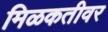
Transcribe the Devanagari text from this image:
मिळकतीवर